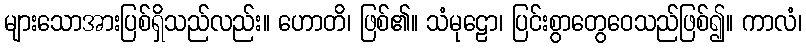
များသောအားပြစ်ရှိသည်လည်း။ ဟောတိ၊ ဖြစ်၏။ သံမုဠော၊ ပြင်းစွာတွေဝေသည်ဖြစ်၍။ ကာလံ၊